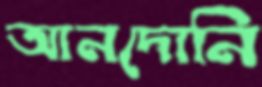
আনদোনি